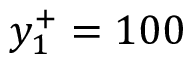
y _ { 1 } ^ { + } = 1 0 0